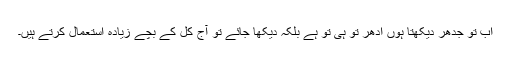
اب تو جدھر دیکھتا ہوں ادھر تو ہی تو ہے بلکہ دیکھا جائے تو آج کل کے بچے زیادہ استعمال کرتے ہیں۔